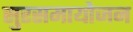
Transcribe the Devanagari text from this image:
सुरसमायोजन